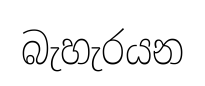
බැහැරයන